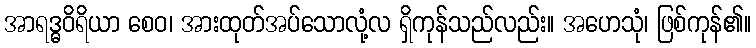
အာရဒ္ဓဝိရိယာ စေဝ၊ အားထုတ်အပ်သောလုံ့လ ရှိကုန်သည်လည်း။ အဟေသုံ၊ ဖြစ်ကုန်၏။